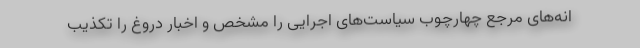
انه‌های مرجع چهارچوب سیاست‌های اجرایی را مشخص و اخبار دروغ را تکذیب